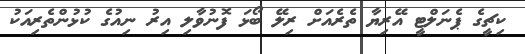
ކިޗީގެ ޕެނަލްޓީ އޭރިޔާ ތެރެއަށް ރިލޭ ބޯޅަ ފޮނުވާލި އިރު ނިއުގެ ކުޅުންތެރިއަކު